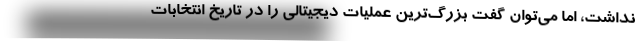
نداشت، اما می‌توان گفت بزرگ‌ترین عملیات دیجیتالی را در تاریخ انتخابات